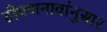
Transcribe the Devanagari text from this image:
टोपणनावांनुसार